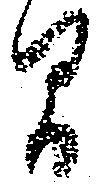
間